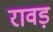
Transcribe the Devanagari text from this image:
रावड़